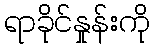
ရာခိုင်နှုန်းကို